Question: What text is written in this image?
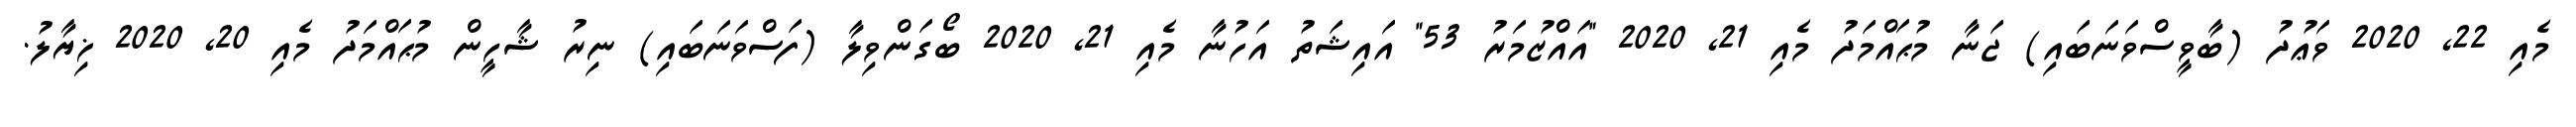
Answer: މެއި 22, 2020 ވަޢުދު (ބާވީސްވަނަބައި) ޖަނާ މުޙައްމަދު މެއި 21, 2020 "އައްޒުމަރު 53" އައިޝަތު އަހުނާ މެއި 21, 2020 ބޯގަންވިލާ (ފަސްވަނަބައި) ނިރު ޝާހީން މުޙައްމަދު މެއި 20, 2020 ޚިޔާލު.